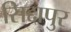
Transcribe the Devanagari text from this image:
सिद्दापुर